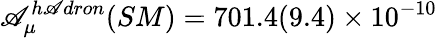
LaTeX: \mathscr{A}_{\mu}^{h\mathscr{A}dron}(SM)=701.4(9.4)\times10^{-10}